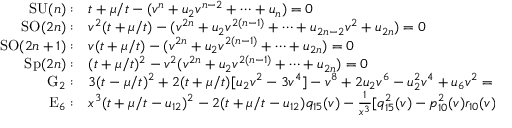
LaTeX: \begin{array} { r l } { { \mathrm { S U } ( n ) : } } & { { t + \mu / t - ( v ^ { n } + u _ { 2 } v ^ { n - 2 } + \cdots + u _ { n } ) = 0 \nonumber } } \\ { { \mathrm { S O } ( 2 n ) : } } & { { v ^ { 2 } ( t + \mu / t ) - ( v ^ { 2 n } + u _ { 2 } v ^ { 2 ( n - 1 ) } + \cdots + u _ { 2 n - 2 } v ^ { 2 } + u _ { 2 n } ) = 0 \nonumber } } \\ { { \mathrm { S O } ( 2 n + 1 ) : } } & { { v ( t + \mu / t ) - ( v ^ { 2 n } + u _ { 2 } v ^ { 2 ( n - 1 ) } + \cdots + u _ { 2 n } ) = 0 \nonumber } } \\ { { \mathrm { S p } ( 2 n ) : } } & { { ( t + \mu / t ) ^ { 2 } - v ^ { 2 } ( v ^ { 2 n } + u _ { 2 } v ^ { 2 ( n - 1 ) } + \cdots + u _ { 2 n } ) = 0 } } \\ { { \mathrm { G } _ { 2 } : } } & { { 3 ( t - \mu / t ) ^ { 2 } + 2 ( t + \mu / t ) [ u _ { 2 } v ^ { 2 } - 3 v ^ { 4 } ] - v ^ { 8 } + 2 u _ { 2 } v ^ { 6 } - u _ { 2 } ^ { 2 } v ^ { 4 } + u _ { 6 } v ^ { 2 } = 0 \nonumber } } \\ { { \mathrm { E } _ { 6 } : } } & { { x ^ { 3 } ( t + \mu / t - u _ { 1 2 } ) ^ { 2 } - 2 ( t + \mu / t - u _ { 1 2 } ) q _ { 1 5 } ( v ) - \frac { 1 } { x ^ { 3 } } [ q _ { 1 5 } ^ { 2 } ( v ) - p _ { 1 0 } ^ { 2 } ( v ) r _ { 1 0 } ( v ) ] , \nonumber } } \end{array}